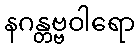
နဂန္တဗ္ဗဝါရော